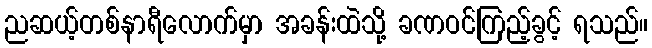
ညဆယ့်တစ်နာရီလောက်မှာ အခန်းထဲသို့ ခဏဝင်ကြည့်ခွင့် ရသည်။